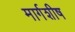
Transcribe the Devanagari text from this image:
मार्गशीष